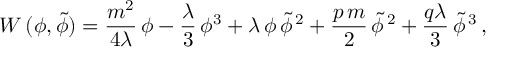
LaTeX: { \cal W } \, ( \phi , \widetilde \phi ) = \frac { m ^ { 2 } } { 4 \lambda } \, \phi - \frac { \lambda } { 3 } \, \phi ^ { 3 } + \lambda \, \phi \, \widetilde \phi ^ { \, 2 } + \frac { p \, m } { 2 } \, \widetilde \phi ^ { \, 2 } + \frac { q \lambda } { 3 } \, \widetilde \phi ^ { \, 3 } \, ,